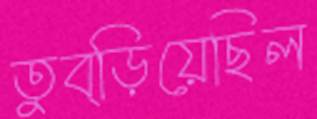
তুব্‌ড়িয়েছিল